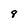
Character: 8